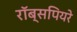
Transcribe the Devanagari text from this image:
रॉब्सपियरे